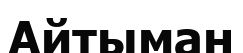
Айтыман